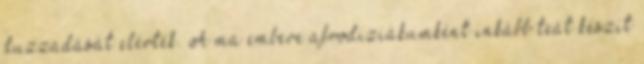
duzzadását elérték. A ma embere afrodiziákumként inkább teát készít